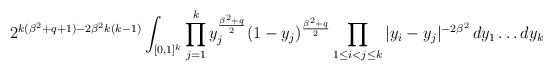
\begin{align*} 2^{k(\beta^{2}+q+1)-2\beta^{2}k(k-1)}\int_{[0,1]^{k}}\prod_{j=1}^{k}y_{j}^{\frac{\beta^{2}+q}{2}}(1-y_{j})^{\frac{\beta^{2}+q}{2}}\prod_{1 \leq i < j \leq k}|y_{i}-y_{j}|^{-2\beta^{2}}\,dy_{1}\ldots dy_{k}\end{align*}